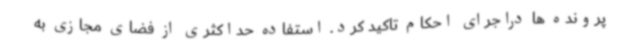
پرونده ها دراجرای احکام تاکید کرد. استفاده حداکثری از فضای مجازی به